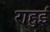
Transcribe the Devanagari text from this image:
राहुई